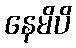
နေမိပိ